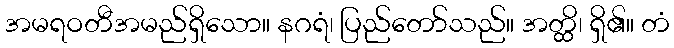
အမရဝတီအမည်ရှိသော။ နဂရံ၊ ပြည်တော်သည်။ အတ္ထိ၊ ရှိ၏။ တံ